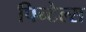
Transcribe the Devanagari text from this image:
पिन्टेल्स